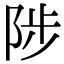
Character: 陟